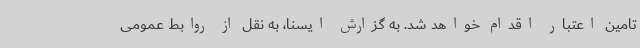
تامین اعتبار اقدام خواهد شد. به گزارش ایسنا، به نقل از روابط عمومی